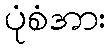
ပုံစံအား